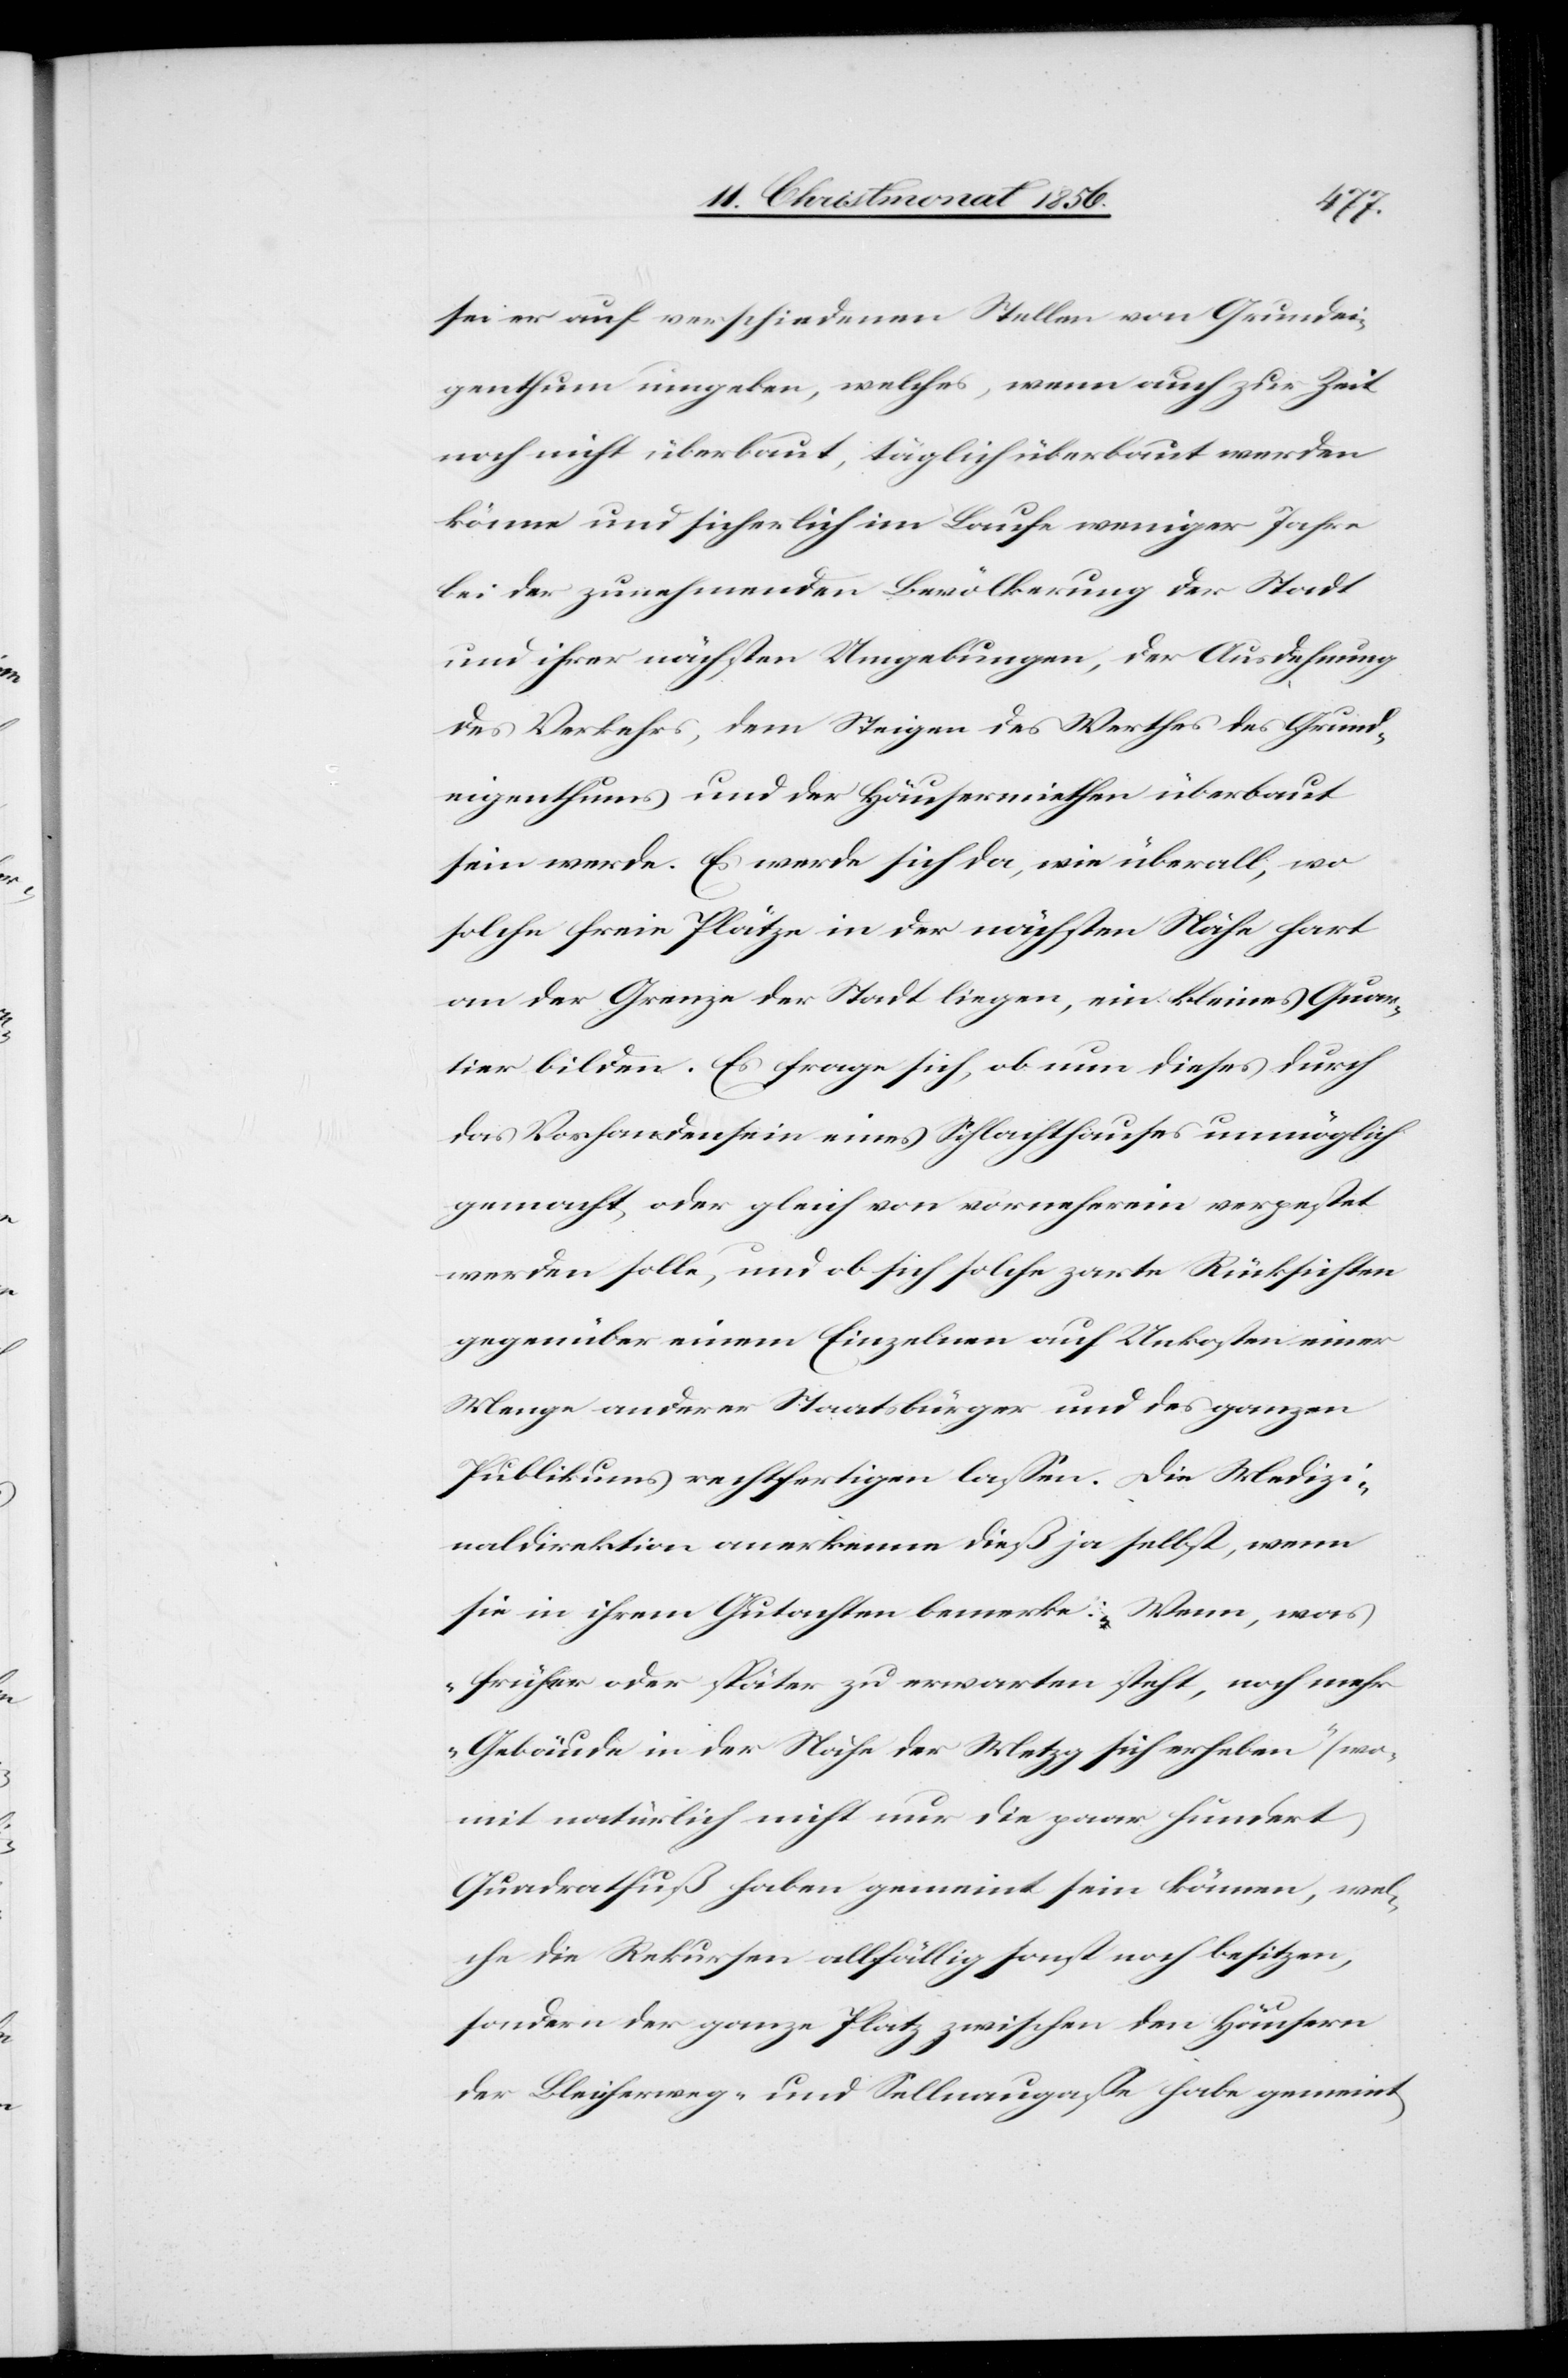
sei er auf verschiedenen Stellen von Grundei¬
genthum umgeben, welches, wenn auch zur Zeit
noch nicht überbaut, täglich überbaut werden
könne und sicherlich im Laufe weniger Jahre
bei der zunehmenden Bevölkerung der Stadt
und ihrer nächsten Umgebungen, der Ausdehnung
des Verkehrs, dem Steigen des Werthes des Grund¬
eigenthums und der Häusermiethen überbaut
sein werde. Es werde sich da, wie überall, wo
solche freie Plätze in der nächsten Nähe hart
an der Grenze der Stadt liegen, ein kleines Quar¬
tier bilden. Es frage sich, ob nun dieses durch
das Vorhandensein eines Schlachthauses unmöglich
gemacht oder gleich von vorneherein verpestet
werden solle, und ob sich solche zarte Rücksichten
gegenüber einem Einzelnen auf Unkosten einer
Menge anderer Staatsbürger und des ganzen
Publikums rechtfertigen lassen. Die Medizi¬
naldirektion anerkenne dieß ja selbst, wenn
sie in ihrem Gutachten bemerke: „Wenn, was
früher oder später zu erwarten steht, noch meh¬
r Gebäude in der Nähe der Metzg sich erheben“ (wo¬
mit natürlich nicht nur die paar hundert
Quadratfuß haben gemeint sein können, wel¬
che die Rekursen allfällig sonst noch besitzen,
sondern der ganze Platz zwischen den Häusern
der Bleicherweg- und Sellnaugasse habe gemeint